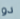
دو